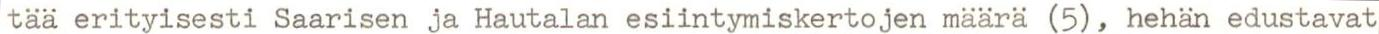
tää erityisesti Saarisen ja Hautalan esiintymiskertojen määrä (5), hehän edustavat